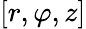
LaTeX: [r,\varphi,z]